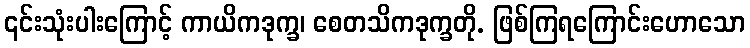
၎င်းသုံးပါးကြောင့် ကာယိကဒုက္ခ၊ စေတသိကဒုက္ခတို. ဖြစ်ကြရကြောင်းဟောသော